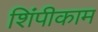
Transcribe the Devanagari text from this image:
शिंपीकाम